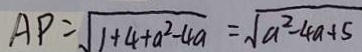
A P = \sqrt { 1 + 4 + a ^ { 2 } - 4 a } = \sqrt { a ^ { 2 } - 4 a + 5 }